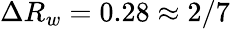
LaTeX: \Delta R_{w}=0.28\approx 2/7